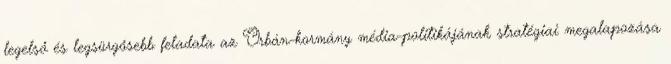
legelső és legsürgősebb fel­a­data az Orbán-kormány média-politikájának stratégiai megala­pozása